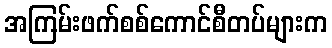
အကြမ်းဖက်စစ်ကောင်စီတပ်များက